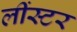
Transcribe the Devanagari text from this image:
लींस्टर